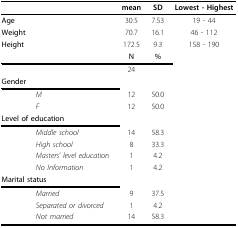
<table><thead><tr><td></td><td></td><td><b>mean</b></td><td><b>SD</b></td><td><b>Lowest - Highest</b></td></tr></thead><tbody><tr><td><b>Age</b></td><td></td><td>30.5</td><td>7.53</td><td>19 - 44</td></tr><tr><td><b>Weight</b></td><td></td><td>70.7</td><td>16.1</td><td>46 - 112</td></tr><tr><td><b>Height</b></td><td></td><td>172.5</td><td>9.3</td><td>158 - 190</td></tr><tr><td></td><td></td><td><b>N</b></td><td><b>%</b></td><td></td></tr><tr><td></td><td></td><td>24</td><td></td><td></td></tr><tr><td colspan="5"><b>Gender</b></td></tr><tr><td></td><td><i>M</i></td><td>12</td><td>50.0</td><td></td></tr><tr><td></td><td><i>F</i></td><td>12</td><td>50.0</td><td></td></tr><tr><td colspan="5"><b>Level of education</b></td></tr><tr><td></td><td><i>Middle school</i></td><td>14</td><td>58.3</td><td></td></tr><tr><td></td><td><i>High school</i></td><td>8</td><td>33.3</td><td></td></tr><tr><td></td><td><i>Masters&#x27; level education</i></td><td>1</td><td>4.2</td><td></td></tr><tr><td></td><td><i>No Information</i></td><td>1</td><td>4.2</td><td></td></tr><tr><td colspan="5"><b>Marital status</b></td></tr><tr><td></td><td><i>Married</i></td><td>9</td><td>37.5</td><td></td></tr><tr><td></td><td><i>Separated or divorced</i></td><td>1</td><td>4.2</td><td></td></tr><tr><td></td><td><i>Not married</i></td><td>14</td><td>58.3</td><td></td></tr></tbody></table>